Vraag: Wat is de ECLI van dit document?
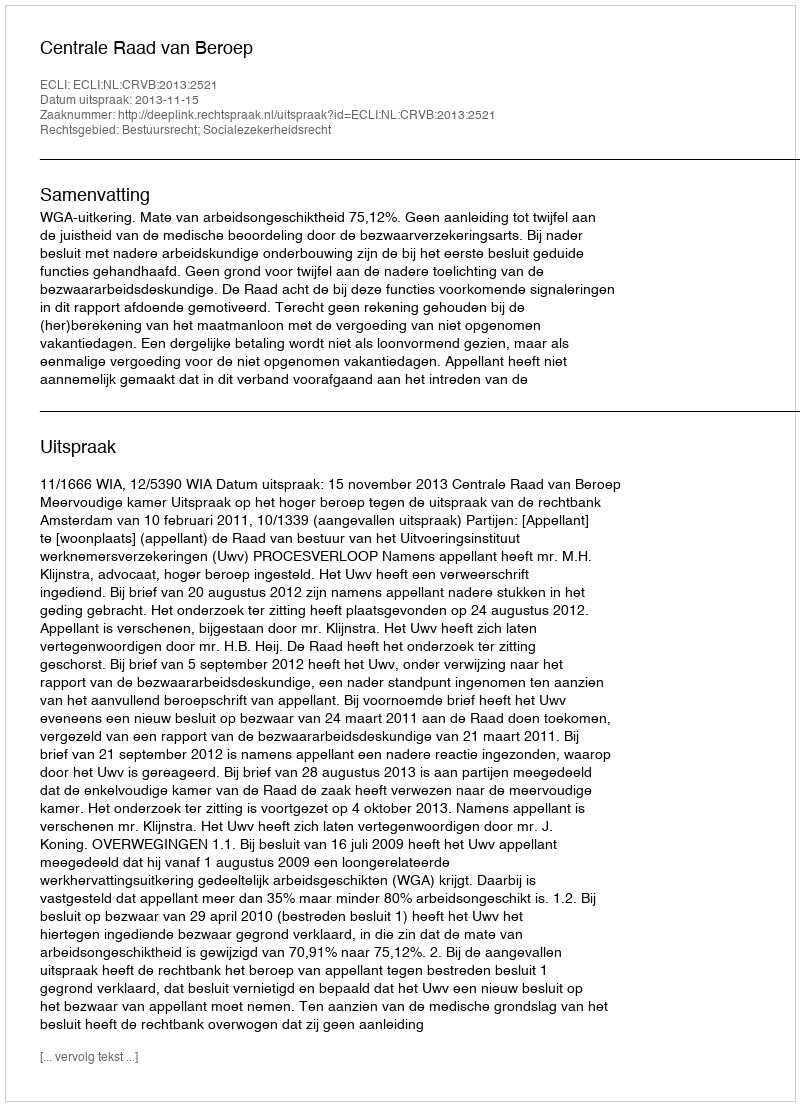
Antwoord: ECLI:NL:CRVB:2013:2521